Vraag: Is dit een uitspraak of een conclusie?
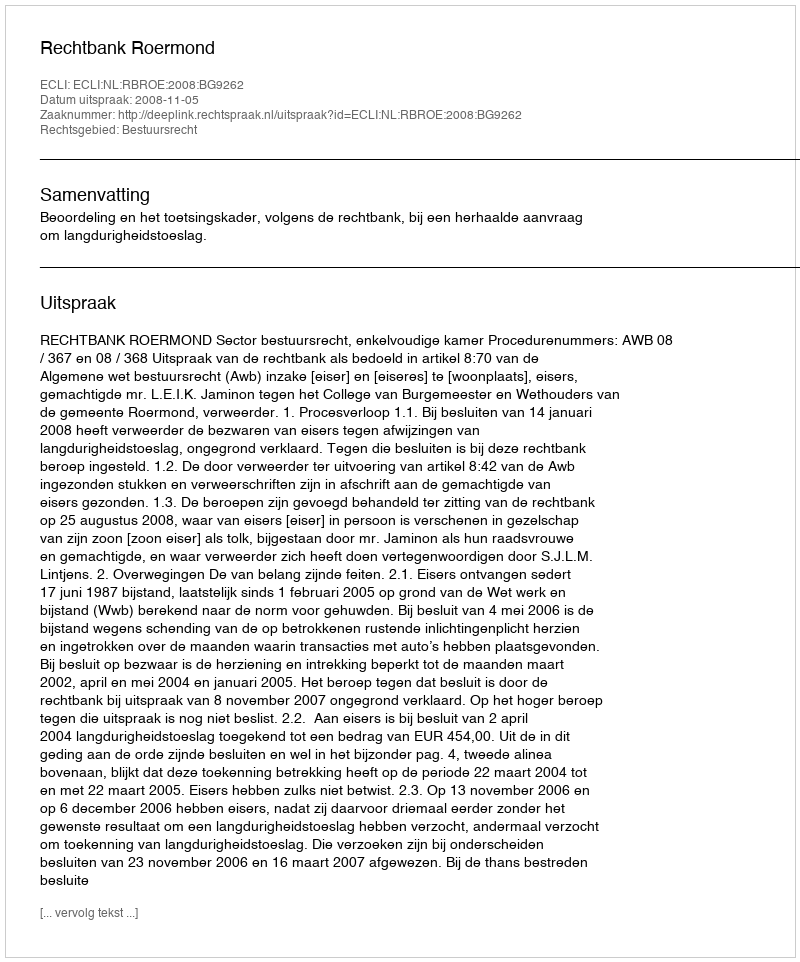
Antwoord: Uitspraak